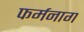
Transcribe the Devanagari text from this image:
फर्मनाग